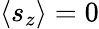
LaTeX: \langle s_{z}\rangle=0